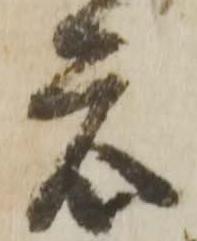
衆